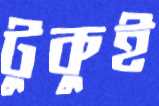
টুকুই